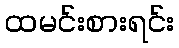
ထမင်းစားရင်း